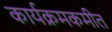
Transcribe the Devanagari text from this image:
कार्यक्रमकमीत